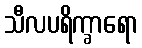
သီလပရိက္ခာရော